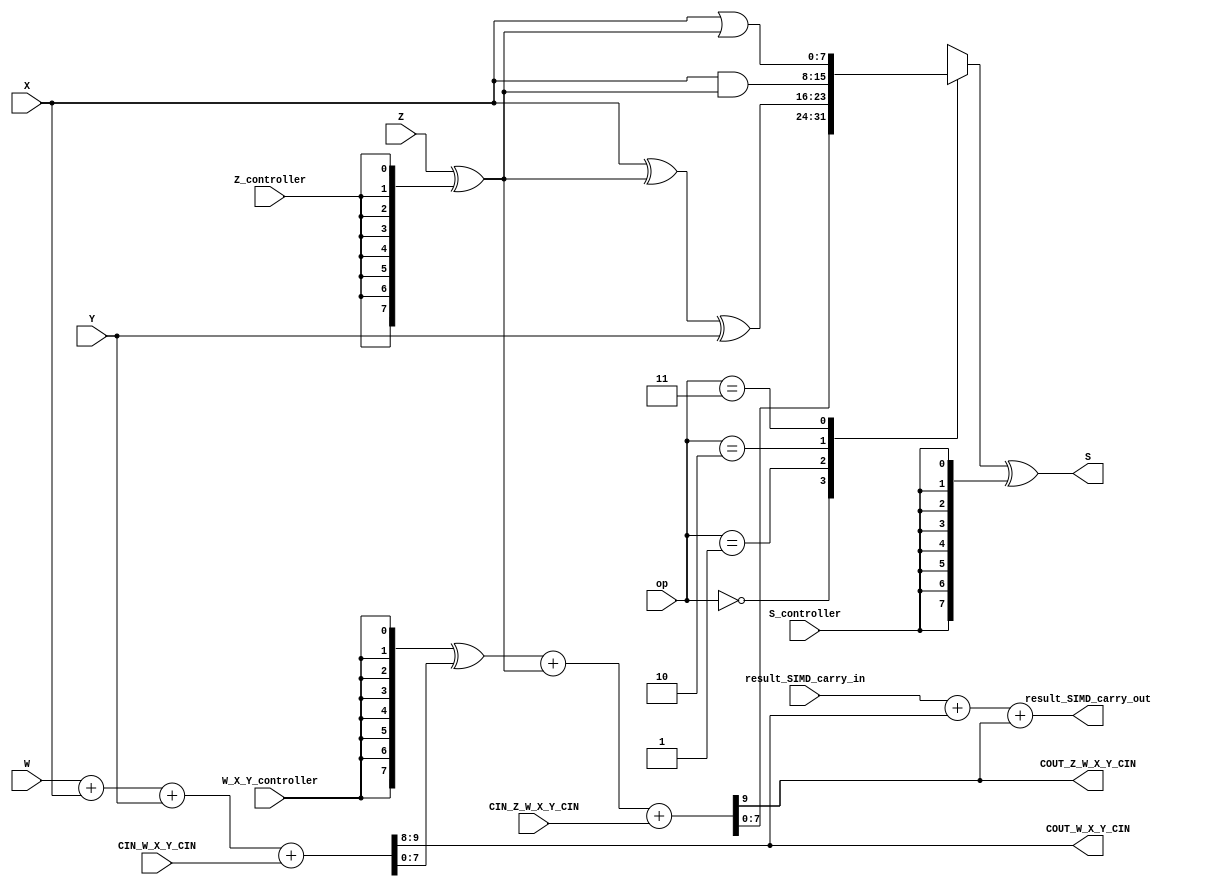
`timescale 1 ns / 100 ps  
module ALU_SIMD_Width_parameterized_HighLevelDescribed_auto(

                 W,
                 Z,
                 Y,
                 X,
                 op,
                 Z_controller,
                 S_controller,
                 W_X_Y_controller,
                 CIN_W_X_Y_CIN,
                 CIN_Z_W_X_Y_CIN,
                 S,
                 COUT_W_X_Y_CIN,
                 COUT_Z_W_X_Y_CIN,
                 result_SIMD_carry_in,
                 result_SIMD_carry_out
	);

//parameters
parameter Width = 8;


		input [Width-1:0] W;
		input [Width-1:0] Z;
		input [Width-1:0] Y;
		input [Width-1:0] X;

		input [1:0] op;
		input Z_controller;
		input S_controller;
		input W_X_Y_controller;
		input [1:0] CIN_W_X_Y_CIN;
		input CIN_Z_W_X_Y_CIN;

		output [Width-1:0] S;

		output [1:0] COUT_W_X_Y_CIN;
		output COUT_Z_W_X_Y_CIN;

		input [1:0] result_SIMD_carry_in;
		output [1:0] result_SIMD_carry_out;



// controllable not
wire [Width-1:0] Z_Z_bar;
assign Z_Z_bar 	= Z ^ {Width{Z_controller}};

// logical part
wire [Width-1:0] out_and;
wire [Width-1:0] out_or;
wire [Width-1:0] out_xor;
assign out_and 	= X & Z_Z_bar;
assign out_or   = X | Z_Z_bar;
assign out_xor 	= X ^ Z_Z_bar ^ Y;

//computations
wire [Width-1:0] temp_W_X_Y;
assign {{COUT_W_X_Y_CIN}, {temp_W_X_Y}} = W + X + Y + CIN_W_X_Y_CIN;

wire [Width-1:0] temp_W_X_Y_xored;
wire [Width-1:0] W_X_Y_controller_wide;
generate
	assign W_X_Y_controller_wide = {Width{W_X_Y_controller}};
endgenerate
assign temp_W_X_Y_xored = W_X_Y_controller_wide ^  temp_W_X_Y;

wire [Width:0] S_temp_sum;
assign {{COUT_Z_W_X_Y_CIN},{S_temp_sum}} = temp_W_X_Y_xored + Z_Z_bar + CIN_Z_W_X_Y_CIN;

assign result_SIMD_carry_out = result_SIMD_carry_in + COUT_W_X_Y_CIN + COUT_Z_W_X_Y_CIN;

reg [Width-1:0] S_temp_selected;

always@(*)begin
	case (op)
		2'b00: S_temp_selected = S_temp_sum;
		2'b01: S_temp_selected = out_xor;
		2'b10: S_temp_selected = out_and;
		2'b11: S_temp_selected = out_or;
	endcase
end

generate
	assign S = S_temp_selected ^ {Width{S_controller}};
endgenerate

endmodule